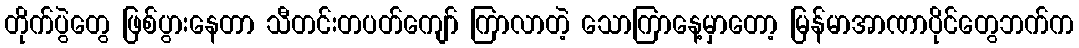
တိုက်ပွဲတွေ ဖြစ်ပွားနေတာ သီတင်းတပတ်ကျော် ကြာလာတဲ့ သောကြာနေ့မှာတော့ မြန်မာအာဏာပိုင်တွေဘက်က